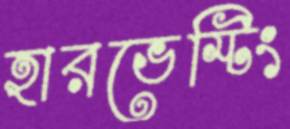
হারভেস্টিং